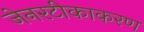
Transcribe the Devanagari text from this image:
जेनरटीकाकरण